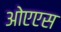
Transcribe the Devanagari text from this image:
ओएएस